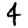
Digit: 4